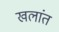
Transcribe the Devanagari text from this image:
खलांत